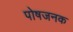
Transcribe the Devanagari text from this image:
पोषजनक